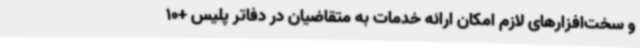
و سخت‌افزارهای لازم امکان ارائه خدمات به متقاضیان در دفاتر پلیس +10